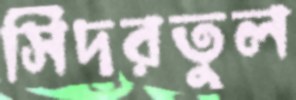
সিদরতুল